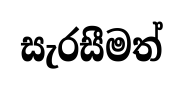
සැරසීමත්